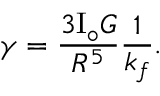
\gamma = \frac { 3 \mathrm { I } _ { \circ } G } { R ^ { 5 } } \frac { 1 } { k _ { f } } .